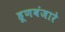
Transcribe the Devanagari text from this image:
हूणबंजारे